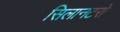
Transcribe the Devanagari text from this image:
सिलानटरो